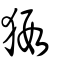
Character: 猳